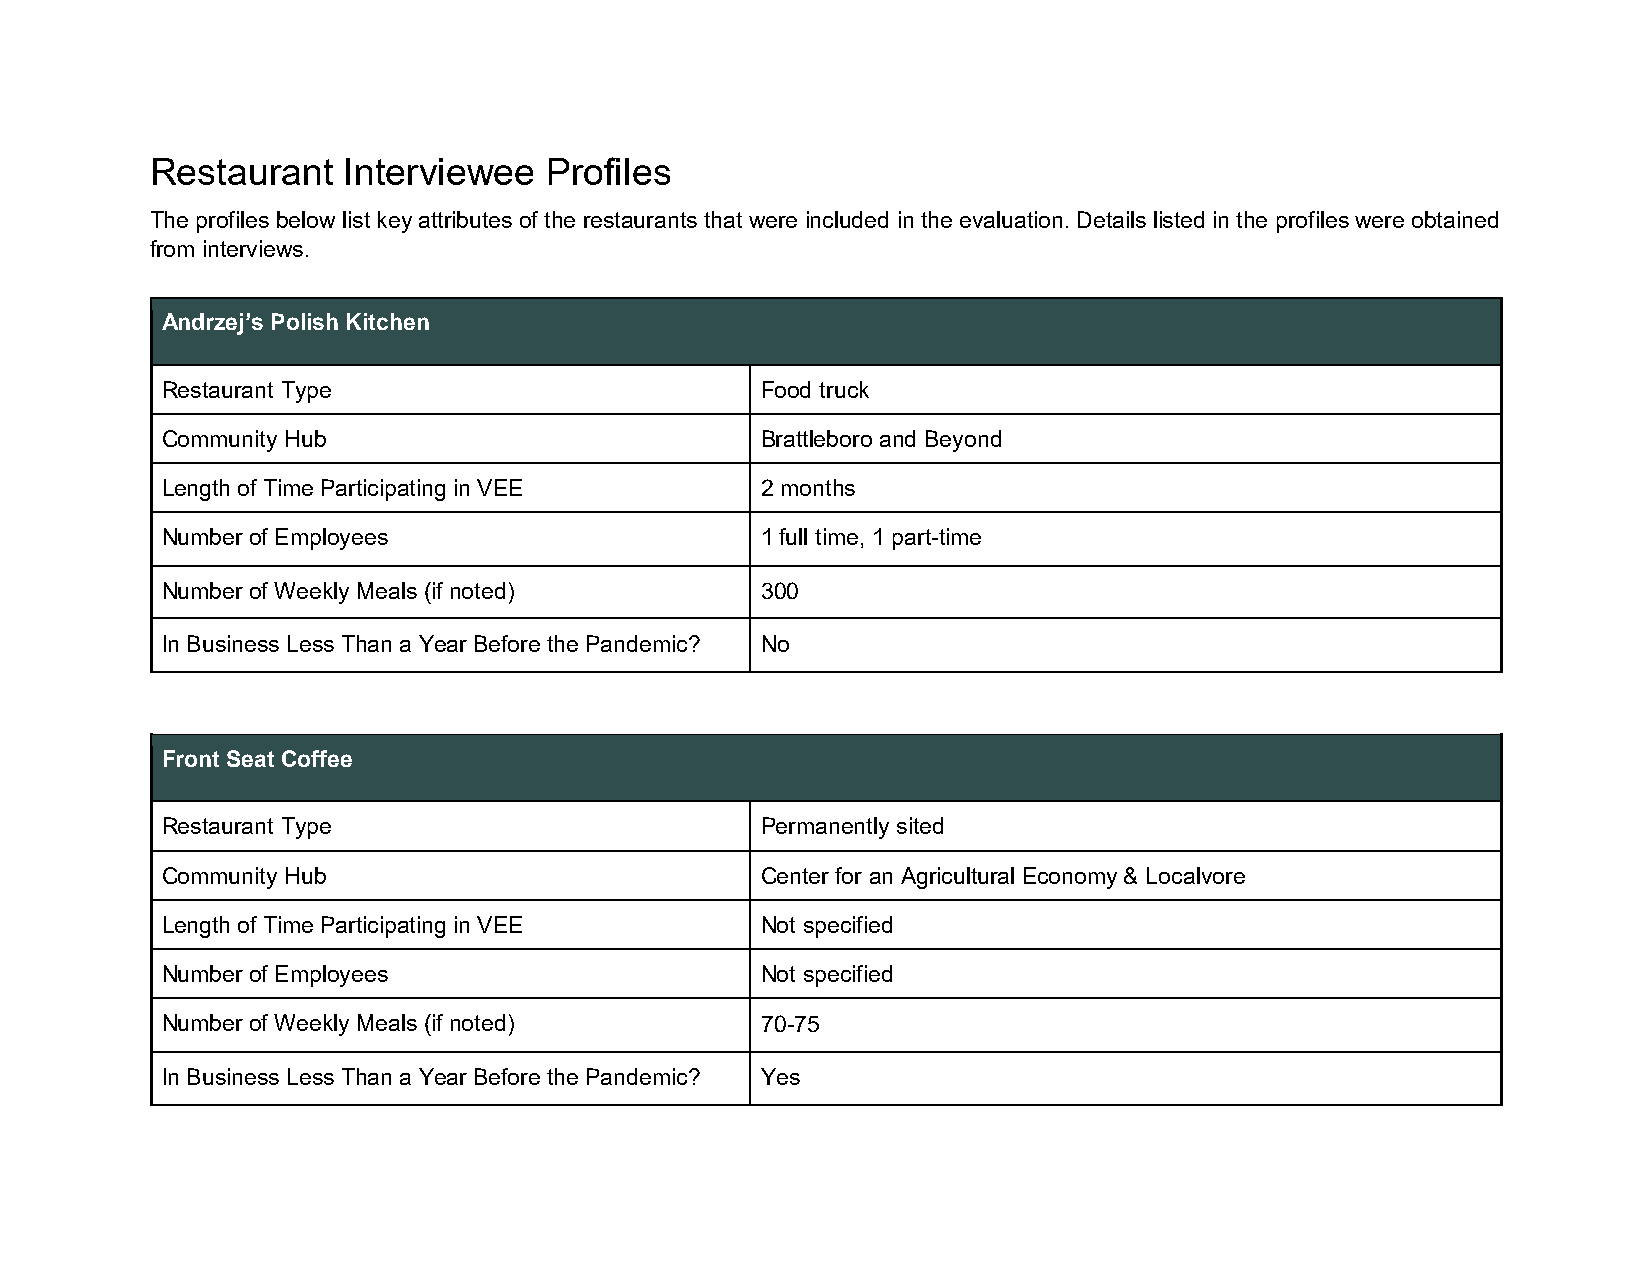
Restaurant   Interviewee  Profiles
 The profiles below list key attributes of the restaurants that were included in the evaluation. Details listed in the profiles were obtained
 from interviews.
 Andrzej’s Polish Kitchen
 Restaurant Type                        Food truck
 Community Hub                          Brattleboro and Beyond
 Length of Time Participating in VEE    2 months
 Number of Employees                    1 full time, 1 part-time
 Number of Weekly Meals (if noted)      300
 In Business Less Than a Year Before the Pandemic? No
 Front Seat Coffee
 Restaurant Type                        Permanently sited
 Community Hub                          Center for an Agricultural Economy & Localvore
 Length of Time Participating in VEE    Not specified
 Number of Employees                    Not specified
 Number of Weekly Meals (if noted)      70-75
 In Business Less Than a Year Before the Pandemic? Yes